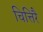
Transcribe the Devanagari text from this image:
चित्तिरै